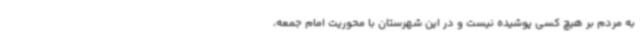
به مردم بر هیچ کسی پوشیده نیست و در این شهرستان با محوریت امام جمعه،